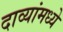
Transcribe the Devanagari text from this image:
दाव्यांमध्ये